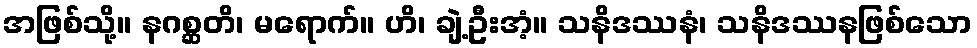
အဖြစ်သို့။ နဂစ္ဆတိ၊ မရောက်။ ဟိ၊ ချဲ့ဦးအံ့။ သနိဒဿနံ၊ သနိဒဿနဖြစ်သော